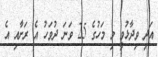
އަދި ވިދާޅުވީ މި މަހުގެ 25 ވަނަ ދުވަހު އެ ރަށާއި އެ